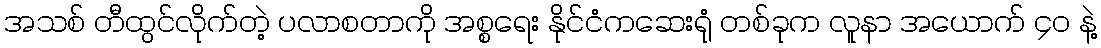
အသစ် တီထွင်လိုက်တဲ့ ပလာစတာကို အစ္စရေး နိုင်ငံကဆေးရုံ တစ်ခုက လူနာ အယောက် ၄၀ နဲ့